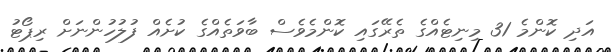
އަދި ކޮންމެ 31 މިނިޓެއްގެ ތެރޭގައި ކޮންމެވެސް ބާވަތެއްގެ ކުށެއް ފުލުހުންނަށް ރިޕޯޓު